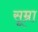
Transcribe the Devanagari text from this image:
सूम्रा